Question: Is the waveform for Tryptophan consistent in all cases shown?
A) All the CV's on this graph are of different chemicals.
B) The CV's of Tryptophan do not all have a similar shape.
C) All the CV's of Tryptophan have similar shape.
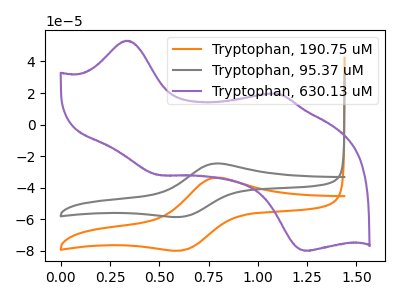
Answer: <think>The orange curve "Tryptophan, 190.75 uM" has an anodic peak at (0.80V, -33.70uA) and a cathodic peak at (0.60V, -79.65uA). The gray curve "Tryptophan, 95.37 uM" has an anodic peak at (0.80V, -24.70uA) and a cathodic peak at (0.60V, -58.40uA). The purple curve "Tryptophan, 630.13 uM" has anodic peaks at (0.35V, 53.20uA) (1.10V, 19.50uA) and cathodic peaks at (0.50V, -31.90uA) (1.25V, -79.95uA).
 All the peaks in "Tryptophan, 190.75 uM" have a peak in "Tryptophan, 95.37 uM" at the same potential. "Tryptophan, 190.75 uM" and "Tryptophan, 630.13 uM" have a different number of peaks. "Tryptophan, 95.37 uM" and "Tryptophan, 630.13 uM" have a different number of peaks.</think>
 <answer>C) All the CV's of "Tryptophan" have similar shape.</answer>
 <eval>C</eval>